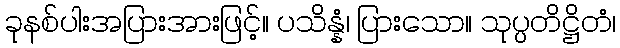
ခုနစ်ပါးအပြားအားဖြင့်။ ပသိန္နံ၊ ပြားသော။ သုပ္ပတိဋ္ဌိတံ၊